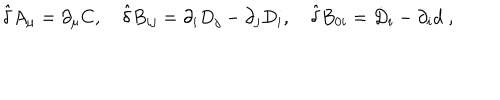
{ \hat { \delta } } A _ { \mu } = \partial _ { \mu } C , \quad { \hat { \delta } } B _ { i j } = \partial _ { i } D _ { j } - \partial _ { j } D _ { i } , \quad { \hat { \delta } } B _ { 0 i } = { \dot { D } } _ { i } - \partial _ { i } d \; ,